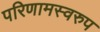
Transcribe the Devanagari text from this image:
परिणामस्‍वरुप